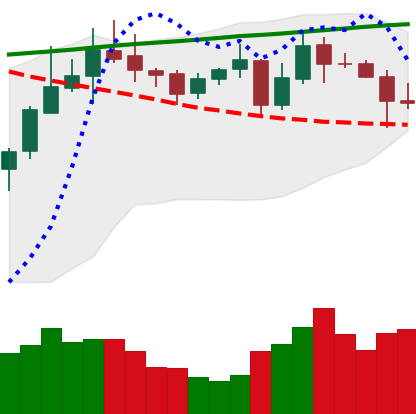
Ticker: ADA-USD
Chart end date: 2020-10-27
Forward return: -4.503%
Label: down_3_5